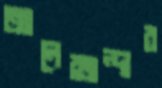
আলেক্সান্দার